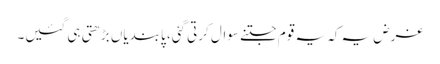
غرض یہ کہ یہ قوم جتنے سوال کرتی گئی، پابندیاں بڑھتی ہی گئیں۔